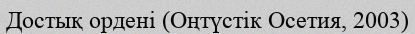
Достық ордені (Оңтүстік Осетия, 2003)